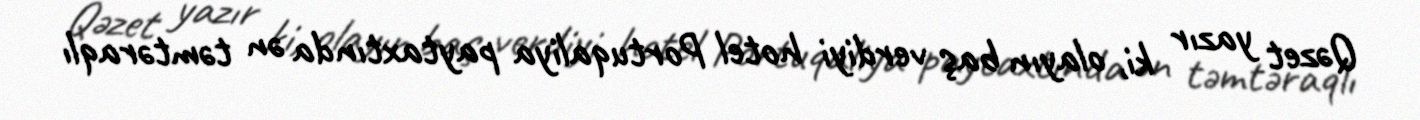
Qəzet yazır ki, olayın baş verdiyi hotel Portuqaliya paytaxtında ən təmtəraqlı